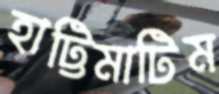
হাট্টিমাটিম